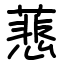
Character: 蕜